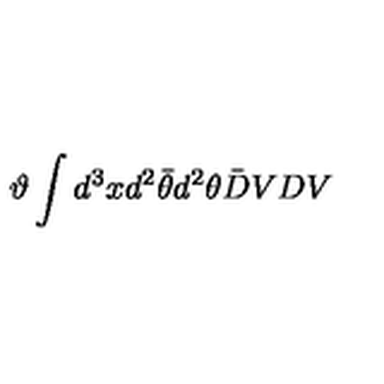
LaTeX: \vartheta \int d ^ { 3 } x d ^ { 2 } \bar { \theta } d ^ { 2 } \theta \bar { D } V D V